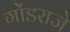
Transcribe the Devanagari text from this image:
गोंडराजे